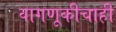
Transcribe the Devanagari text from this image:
वागणूकीचाही